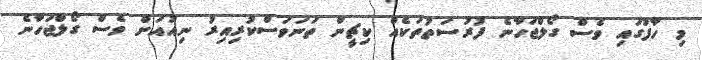
މި ހާފުގައި ވެސް ގޯލްޖަހާނެ ފުރުސަތުތަކެއް ކިޗީން ތަނަވަސްކުރިއިރު ނިއުއަށް ވެސް ގޯލްޖަހާނެ